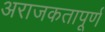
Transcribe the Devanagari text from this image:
अराजकतापूर्ण